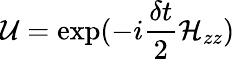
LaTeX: \mathcal{U}=\exp(-i\frac{\delta t}{2}\mathcal{H}_{zz})